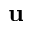
\textbf { u }